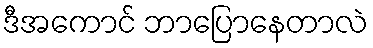
ဒီအကောင် ဘာပြောနေတာလဲ